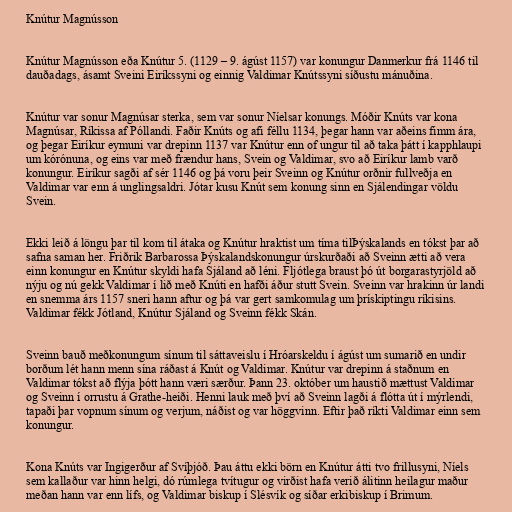
Knútur Magnússon

Knútur Magnússon eða Knútur 5. (1129 – 9. ágúst 1157) var konungur Danmerkur frá 1146 til
dauðadags, ásamt Sveini Eiríkssyni og einnig Valdimar Knútssyni síðustu mánuðina.

Knútur var sonur Magnúsar sterka, sem var sonur Níelsar konungs. Móðir Knúts var kona
Magnúsar, Ríkissa af Póllandi. Faðir Knúts og afi féllu 1134, þegar hann var aðeins fimm ára,
og þegar Eiríkur eymuni var drepinn 1137 var Knútur enn of ungur til að taka þátt í kapphlaupi
um kórónuna, og eins var með frændur hans, Svein og Valdimar, svo að Eiríkur lamb varð
konungur. Eiríkur sagði af sér 1146 og þá voru þeir Sveinn og Knútur orðnir fullveðja en
Valdimar var enn á unglingsaldri. Jótar kusu Knút sem konung sinn en Sjálendingar völdu
Svein.

Ekki leið á löngu þar til kom til átaka og Knútur hraktist um tíma tilÞýskalands en tókst þar að
safna saman her. Friðrik Barbarossa Þýskalandskonungur úrskurðaði að Sveinn ætti að vera
einn konungur en Knútur skyldi hafa Sjáland að léni. Fljótlega braust þó út borgarastyrjöld að
nýju og nú gekk Valdimar í lið með Knúti en hafði áður stutt Svein. Sveinn var hrakinn úr landi
en snemma árs 1157 sneri hann aftur og þá var gert samkomulag um þrískiptingu ríkisins.
Valdimar fékk Jótland, Knútur Sjáland og Sveinn fékk Skán.

Sveinn bauð meðkonungum sínum til sáttaveislu í Hróarskeldu í ágúst um sumarið en undir
borðum lét hann menn sína ráðast á Knút og Valdimar. Knútur var drepinn á staðnum en
Valdimar tókst að flýja þótt hann væri særður. Þann 23. október um haustið mættust Valdimar
og Sveinn í orrustu á Grathe-heiði. Henni lauk með því að Sveinn lagði á flótta út í mýrlendi,
tapaði þar vopnum sínum og verjum, náðist og var höggvinn. Eftir það ríkti Valdimar einn sem
konungur.

Kona Knúts var Ingigerður af Svíþjóð. Þau áttu ekki börn en Knútur átti tvo frillusyni, Níels
sem kallaður var hinn helgi, dó rúmlega tvítugur og virðist hafa verið álitinn heilagur maður
meðan hann var enn lífs, og Valdimar biskup í Slésvík og síðar erkibiskup í Brimum.